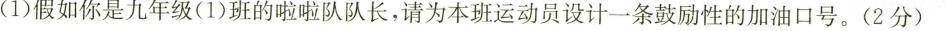
(1)假如你是九年级(1)班的啦啦队队长，请为本班运动员设计一条鼓励性的加油口号。(2分)